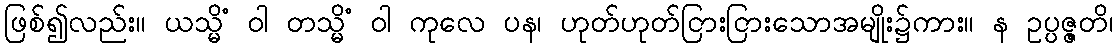
ဖြစ်၍လည်း။ ယသ္မိံ ဝါ တသ္မိံ ဝါ ကုလေ ပန၊ ဟုတ်ဟုတ်ငြားငြားသောအမျိုး၌ကား။ န ဥပ္ပဇ္ဇတိ၊